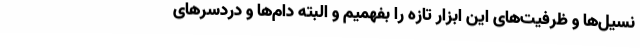
نسیل‌ها و ظرفیت‌های این ابزار تازه را بفهمیم و البته دام‌ها و دردسرهای